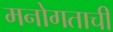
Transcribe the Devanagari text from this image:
मनोगताची